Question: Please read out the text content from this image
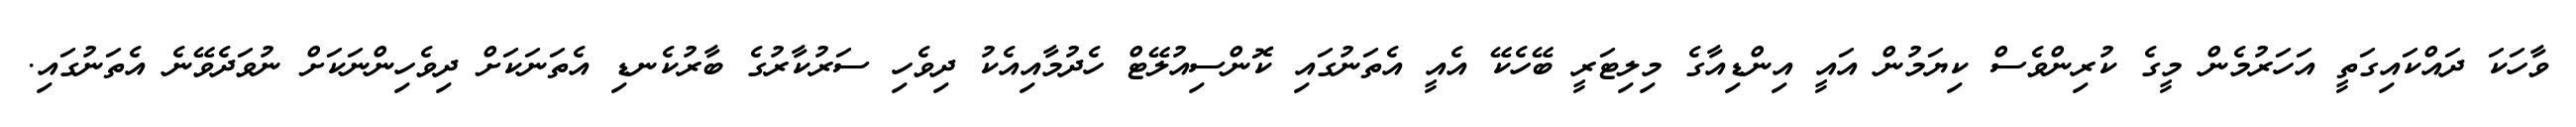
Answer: ވާހަކަ ދައްކައިގަތީ އަހަރުމެން މީގެ ކުރިންވެސް ކިޔަމުން އައީ އިންޑިއާގެ މިލިޓަރީ ބޭހެކޭ އެއީ އެތަނުގައި ކޮންސިއުލޭޓް ހެދުމާއިއެކު ދިވެހި ސަރުކާރުގެ ބާރުކެނޑި އެތަނަކަށް ދިވެހިންނަކަށް ނުވަދެވޭނެ އެތަނުގައި.